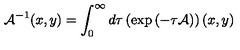
{ \cal A } ^ { - 1 } ( x , y ) = \int _ { 0 } ^ { \infty } d \tau \left( \exp \left( - \tau { \cal A } \right) \right) ( x , y )